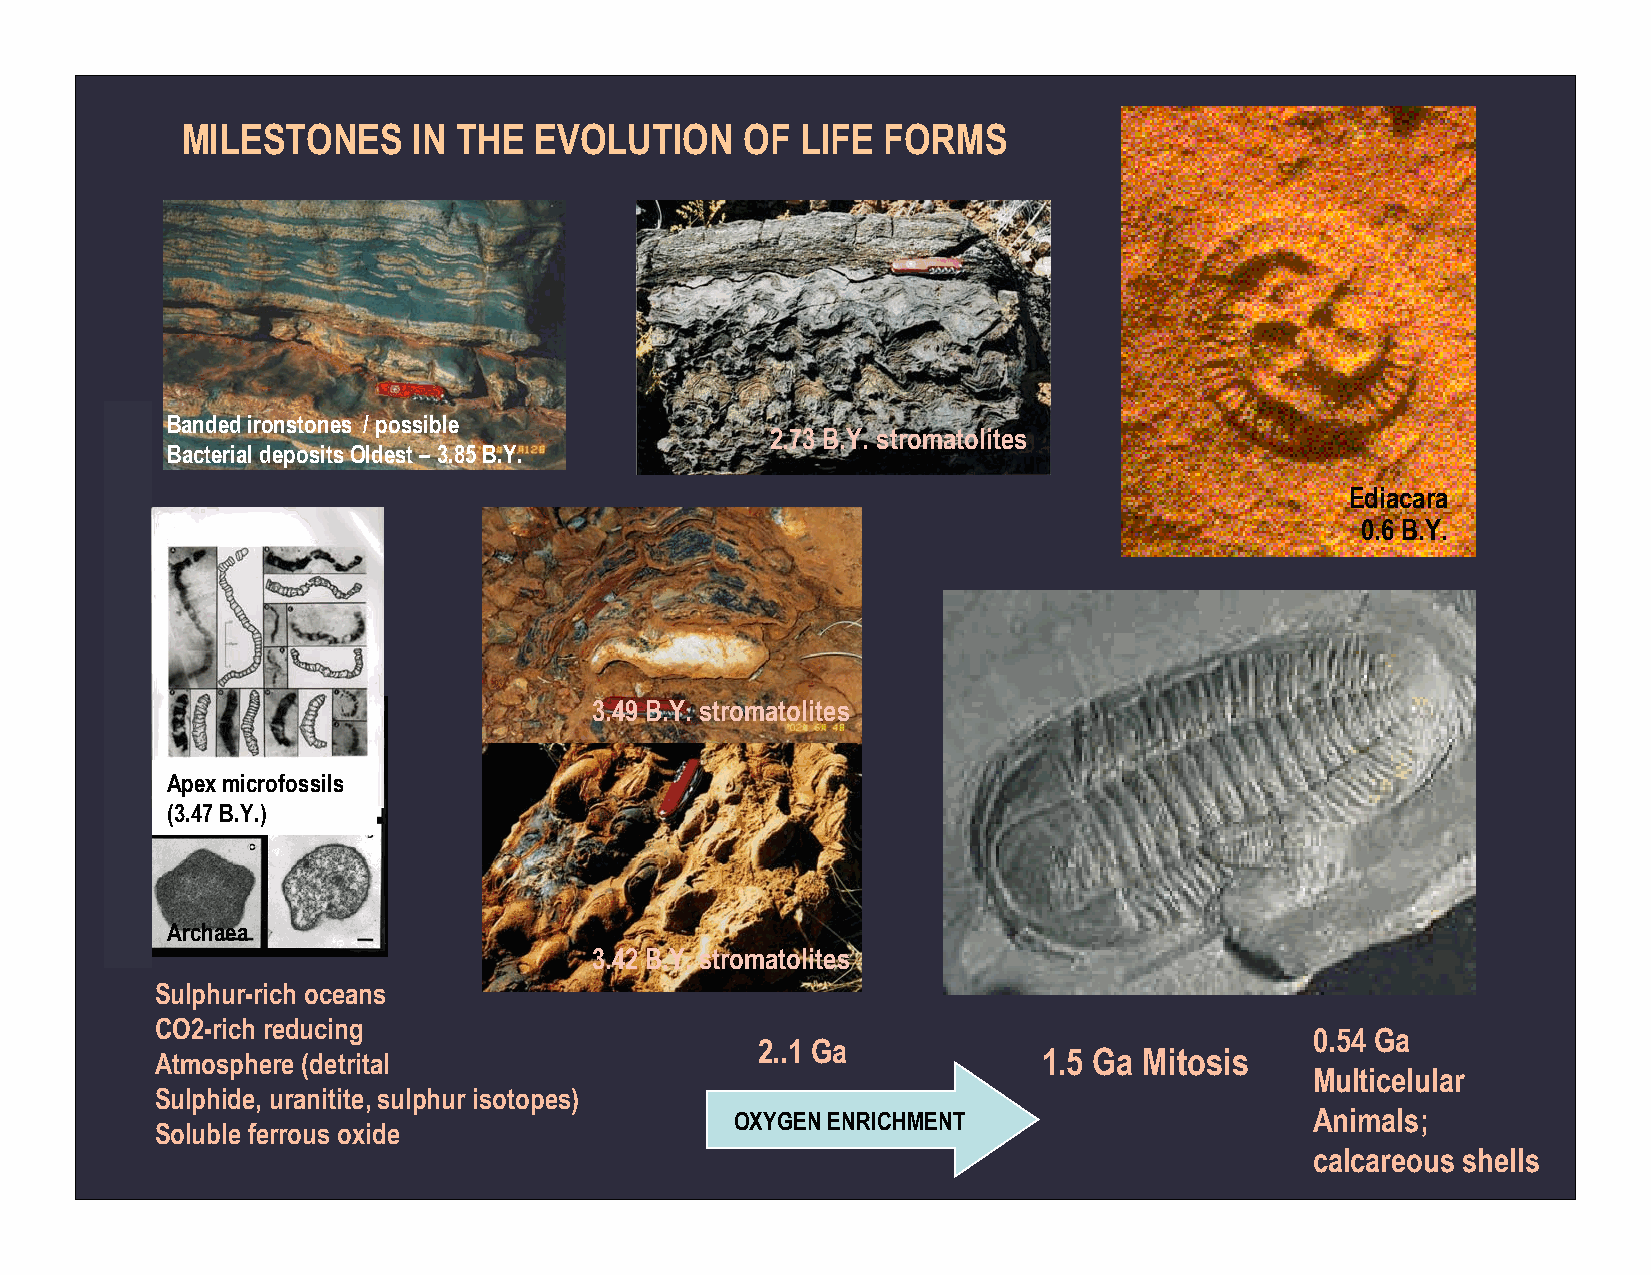
MILESTONES     IN THE  EVOLUTION     OF  LIFE  FORMS
 Banded ironstones / possible
 2.73 B.Y. stromatolites
 Bacterial deposits Oldest –3.85 B.Y.
 Ediacara
 0.6 B.Y.
 3.49 B.Y. stromatolites
 Apex microfossils
 (3.47 B.Y.)
 Archaea
 3.42 B.Y. stromatolites
 Sulphur-rich oceans
 CO2-rich reducing
 0.54 Ga
 2..1 Ga
 Atmosphere (detrital                                       1.5 Ga Mitosis
 Multicelular
 Sulphide, uranitite, sulphur isotopes)
 OXYGEN ENRICHMENT                     Animals;
 Soluble ferrous oxide
 calcareous shells